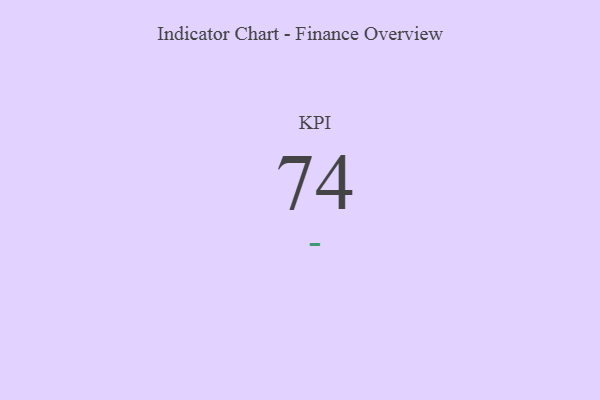
{"axis": {"x": "KPI", "y": "Value"}, "legend": [""], "data": [{"x": "KPI", "y": 74, "type": ""}]}